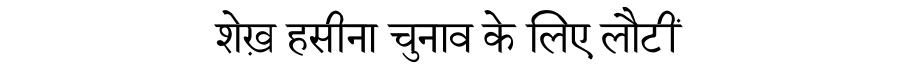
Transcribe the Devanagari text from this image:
शेख़ हसीना चुनाव के लिए लौटीं